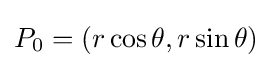
P_{0}=(r\cos \theta ,r\sin \theta )